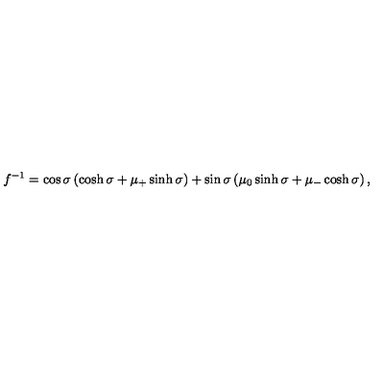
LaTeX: f ^ { - 1 } = \cos \sigma \left( \cosh \sigma + \mu _ { + } \sinh \sigma \right) + \sin \sigma \left( \mu _ { 0 } \sinh \sigma + \mu _ { - } \cosh \sigma \right) ,